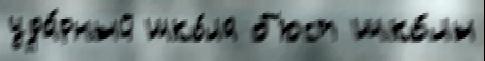
уда́рный шко́ла б'юст шко́лы